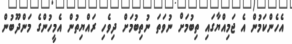
އެހެންކަމުން އެ ޖަމިއްޔާގައި ތިބުމަށް ނުވަތަ ނުތިބުމަށް ދިވެހި ރައްޔިތުން އެމީހުންގެ މަންދޫބުން